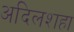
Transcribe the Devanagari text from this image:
अदिलशहा